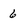
Character: 6